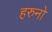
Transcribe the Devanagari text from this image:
हरुनो